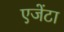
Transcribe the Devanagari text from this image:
एजेंटा